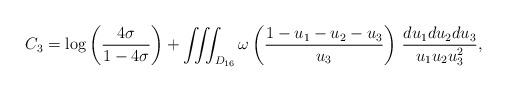
LaTeX: \begin{align*} C_3 = \log \left( \frac {4\sigma}{1-4\sigma} \right) + \iiint_{D_{16}} \omega\left( \frac {1-u_1-u_2-u_3}{u_3} \right) \, \frac {du_1du_2du_3}{u_1u_2u_3^2},\end{align*}